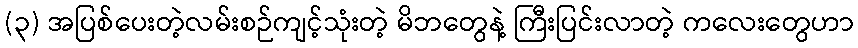
(၃) အပြစ်ပေးတဲ့လမ်းစဉ်ကျင့်သုံးတဲ့ မိဘတွေနဲ့ ကြီးပြင်းလာတဲ့ ကလေးတွေဟာ